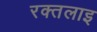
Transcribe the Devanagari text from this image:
रक्तलाइ